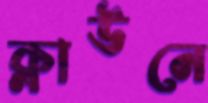
ক্লাউনে